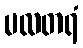
မလတရံ